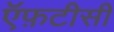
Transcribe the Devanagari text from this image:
ऍफ़टीसी